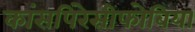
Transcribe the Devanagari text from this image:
कांसपिरेसीफोबिया